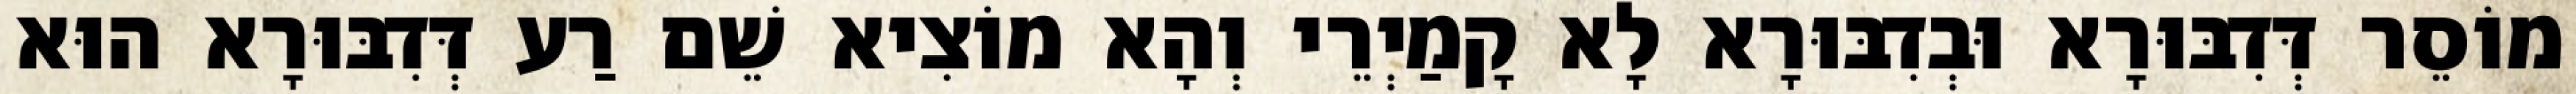
מוֹסֵר דְּדִבּוּרָא וּבְדִבּוּרָא לָא קָמַיְרֵי וְהָא מוֹצִיא שֵׁם רַע דְּדִבּוּרָא הוּא